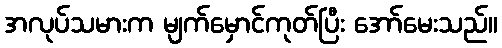
အလုပ်သမားက မျက်မှောင်ကုတ်ပြီး အော်မေးသည်။